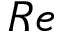
R e